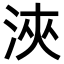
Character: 浹